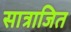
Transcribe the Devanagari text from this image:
सात्राजित